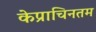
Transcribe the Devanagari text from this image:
केप्राचिनतम